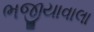
ભજીયાવાલા